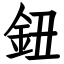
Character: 鈕